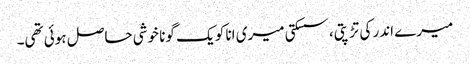
میرے اندر کی تڑپتی، سسکتی میری انا کو یک گونا خوشی حاصل ہوئی تھی۔